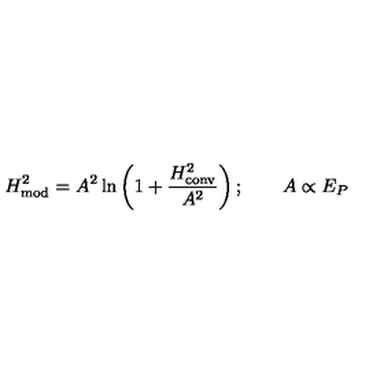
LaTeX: H _ { \mathrm { m o d } } ^ { 2 } = A ^ { 2 } \ln \left( 1 + { \frac { H _ { \mathrm { c o n v } } ^ { 2 } } { A ^ { 2 } } } \right) ; \qquad A \propto E _ { P }